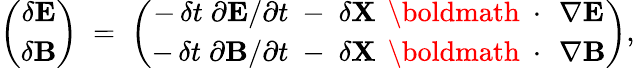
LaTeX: \left(\begin{array}{c}{\delta{\mathbf E}}\\ {\delta{\mathbf B}}\end{array}\right)\; =\; \left(\begin{array}{c}{-\, \delta t\; \partial{\mathbf E}/\partial t\; -\; \delta{\mathbf X}\, \mathrm{~\boldmath~\cdot~}\, \nabla{\mathbf E}}\\ {-\, \delta t\; \partial{\mathbf B}/\partial t\; -\; \delta{\mathbf X}\, \mathrm{~\boldmath~\cdot~}\, \nabla{\mathbf B}}\end{array}\right),